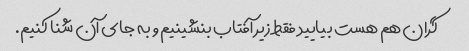
گران هم هست بیایید فقط زیر آفتاب بنشینیم و به جای آن شنا کنیم.